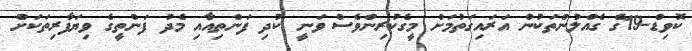
ކޮވިޑް-19ގެ ގެއްލުންތަކުން އަރައިގަތުމަށް މީގެކުރިންވެސް ވަނީ ކުދި ފަންތިއާއި މެދު ފަންތީގެ ވިޔަފާރިތަކަށް